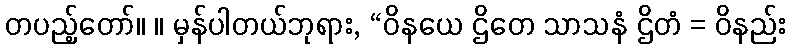
တပည့်တော်။ ။ မှန်ပါတယ်ဘုရား, “ဝိနယေ ဌိတေ သာသနံ ဌိတံ = ဝိနည်း